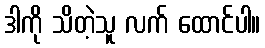
ဒါကို သိတဲ့သူ လက် ထောင်ပါ။